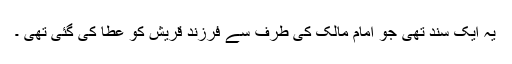
یہ ایک سند تھی جو امام مالکؒ کی طرف سے فرزند قریش کو عطا کی گئی تھی ۔